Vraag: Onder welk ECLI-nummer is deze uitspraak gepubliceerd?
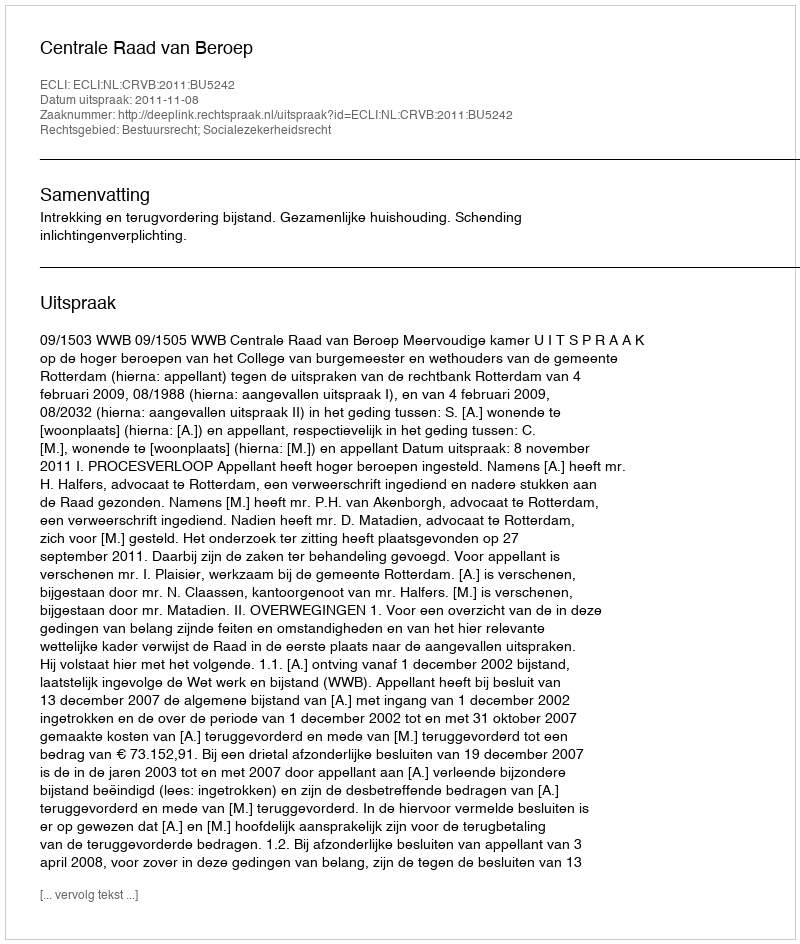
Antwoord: ECLI:NL:CRVB:2011:BU5242